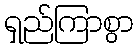
ရှည်ကြာစွာ